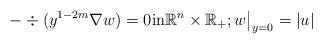
LaTeX: \begin{align*}-\div (y^{1-2m}\nabla w)=0\mbox{in}\mathbb R^n\times\mathbb R_+;w\big|_{y=0}=|u|\end{align*}